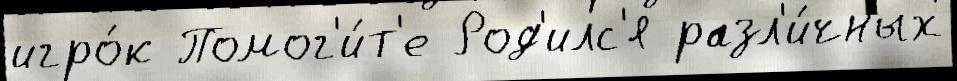
игро́к Помог'и́т'е Род'илс'я разл'и́чных